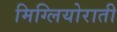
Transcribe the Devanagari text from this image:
मिग्लियोराती